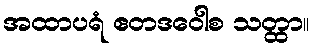
အထာပရံ ဧတဒဝေါစ သတ္ထာ။